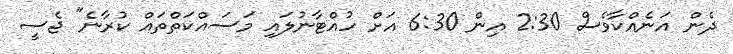
ދެން އަނެއްކާވެސް 2:30 އިން 6:30 އަށް ހުއްޓާނުލައި މަސައްކަތްތައް ކުރާނެ" ޖެސީ